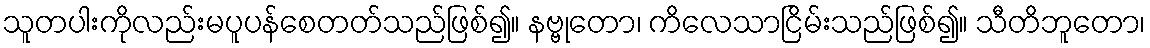
သူတပါးကိုလည်းမပူပန်စေတတ်သည်ဖြစ်၍။ နဗ္ဗုတော၊ ကိလေသာငြိမ်းသည်ဖြစ်၍။ သီတိဘူတော၊